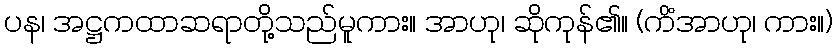
ပန၊ အဋ္ဌကထာဆရာတို့သည်မူကား။ အာဟု၊ ဆိုကုန်၏။ (ကိံအာဟု၊ ကား။)